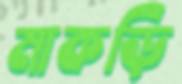
মাকড়ি